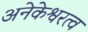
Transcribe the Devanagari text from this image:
अनेकेश्वरत्व